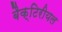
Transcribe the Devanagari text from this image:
बैक्टिरीयल